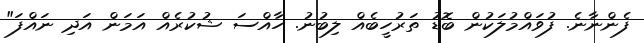
ފެންނާނެ. ފުވައްމުލަކުން ބޮޑު ތަރުހީބެއް ލިބުނު. ހާއްސަ ޝުކުރެއް އަމަން އަދި ނައްފަ"